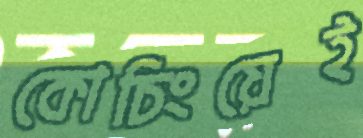
কোচিংয়েই